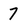
Character: 7